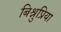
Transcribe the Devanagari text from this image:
बिश्नुप्रिया